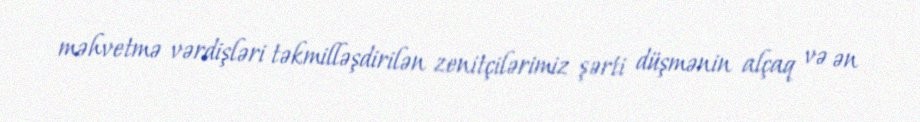
məhvetmə vərdişləri təkmilləşdirilən zenitçilərimiz şərti düşmənin alçaq və ən